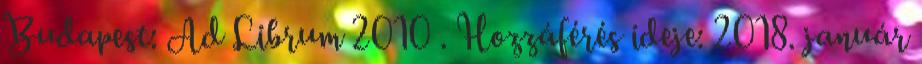
Budapest: Ad Librum 2010 . Hozzáférés ideje: 2018. január